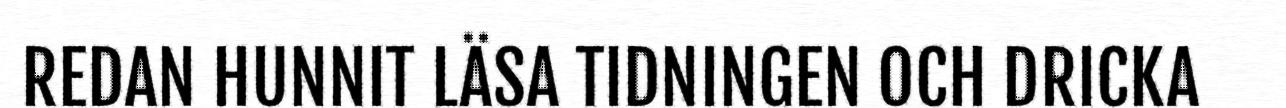
REDAN HUNNIT LÄSA TIDNINGEN OCH DRICKA